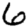
Digit: 6